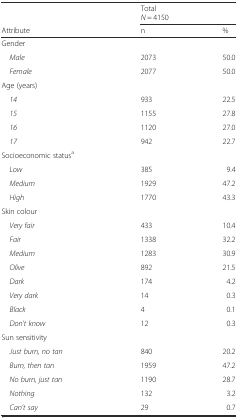
| <ROWSPAN=2>  | <COLSPAN=2> Total |
 | <COLSPAN=2> N = 4150 |
 | Attribute | n | % |
 | --- | --- | --- |
 | Gender |  |  |
 | Male | 2073 | 50.0 |
 | Female | 2077 | 50.0 |
 | Age (years) |  |  |
 | 14 | 933 | 22.5 |
 | 15 | 1155 | 27.8 |
 | 16 | 1120 | 27.0 |
 | 17 | 942 | 22.7 |
 | Socioeconomic statusa |  |  |
 | Low | 385 | 9.4 |
 | Medium | 1929 | 47.2 |
 | High | 1770 | 43.3 |
 | Skin colour |  |  |
 | Very fair | 433 | 10.4 |
 | Fair | 1338 | 32.2 |
 | Medium | 1283 | 30.9 |
 | Olive | 892 | 21.5 |
 | Dark | 174 | 4.2 |
 | Very dark | 14 | 0.3 |
 | Black | 4 | 0.1 |
 | Don’t know | 12 | 0.3 |
 | Sun sensitivity |  |  |
 | Just burn, no tan | 840 | 20.2 |
 | Burn, then tan | 1959 | 47.2 |
 | No burn, just tan | 1190 | 28.7 |
 | Nothing | 132 | 3.2 |
 | Can’t say | 29 | 0.7 |